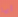
أيها